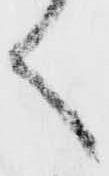
く